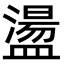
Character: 盪